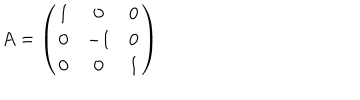
LaTeX: A = \left( \begin{matrix} { { 1 } } & { { 0 } } & { { 0 } } \\ { { 0 } } & { { - 1 } } & { { 0 } } \\ { { 0 } } & { { 0 } } & { { 1 } } \\ \end{matrix} \right)